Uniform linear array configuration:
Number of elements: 24
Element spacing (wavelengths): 1
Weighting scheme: hamming
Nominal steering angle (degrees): -15
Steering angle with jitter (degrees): -14.545
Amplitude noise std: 0.05
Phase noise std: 0.05

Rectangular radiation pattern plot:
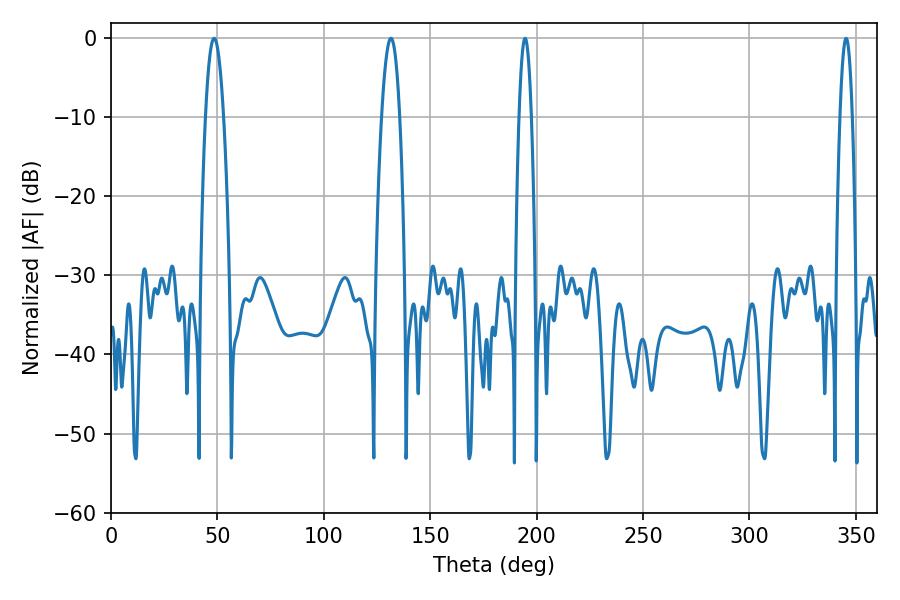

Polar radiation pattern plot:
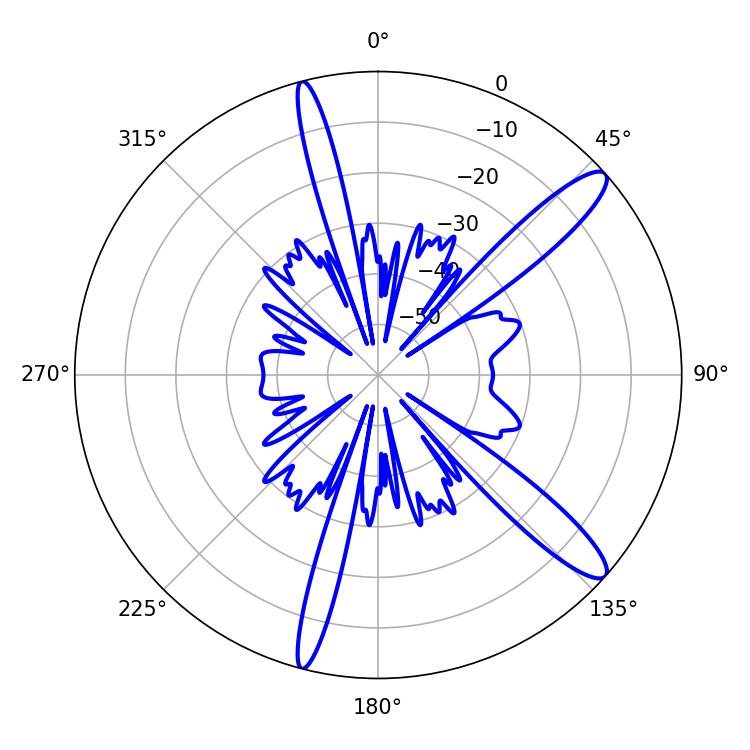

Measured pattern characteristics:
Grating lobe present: TRUE
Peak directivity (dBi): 12.918
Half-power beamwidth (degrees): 3.24
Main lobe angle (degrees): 345.42